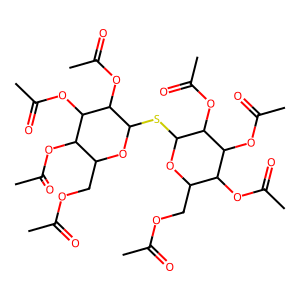
SMILES: CC(=O)OCC1OC(SC2OC(COC(C)=O)C(OC(C)=O)C(OC(C)=O)C2OC(C)=O)C(OC(C)=O)C(OC(C)=O)C1OC(C)=O
Inhibits HIV replication: No